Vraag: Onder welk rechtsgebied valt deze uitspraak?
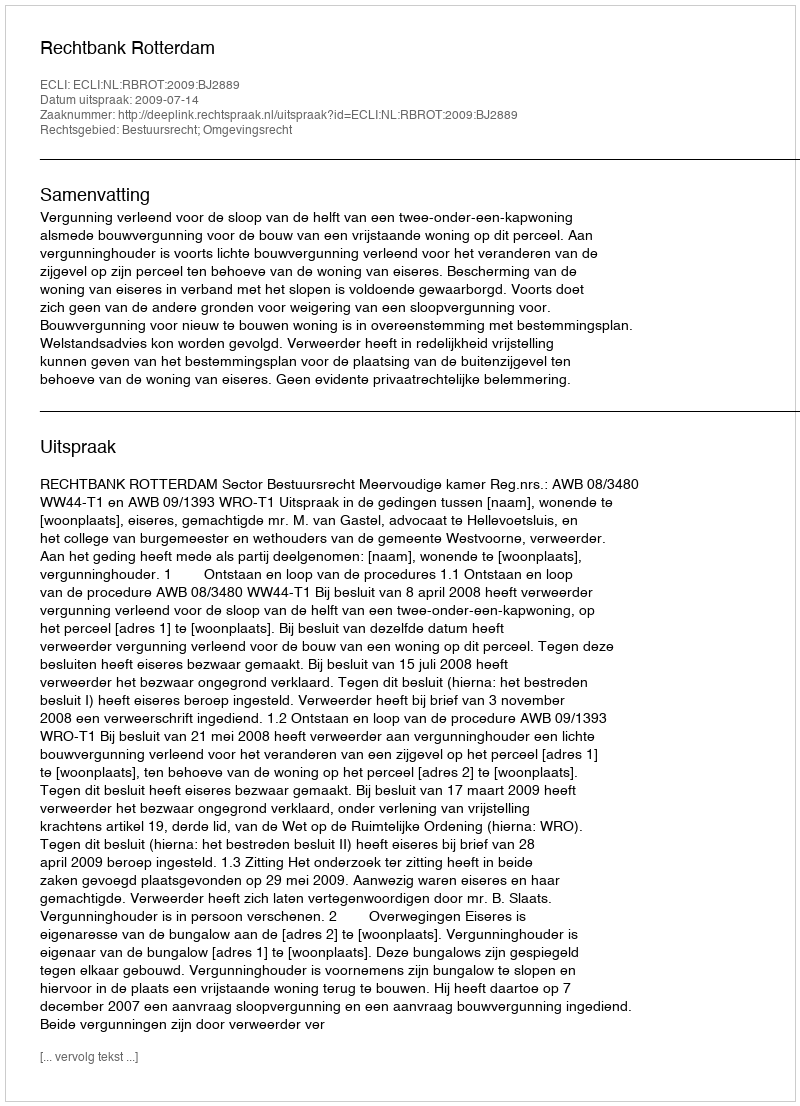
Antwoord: Bestuursrecht; Omgevingsrecht